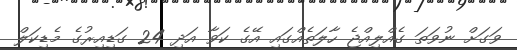
ވަގަށް ނުވަތަ ގެއްލިއްޖެ ހާލަތެއްގައި އޭގެ ކަވާ އަދި 24 ގަޑިއިރުގެ މެޑިކަލް